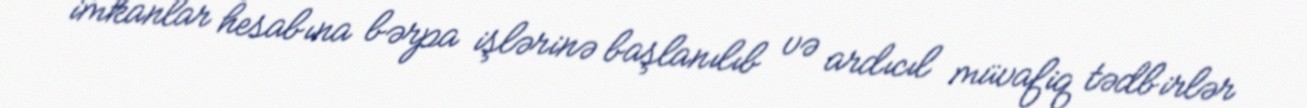
imkanlar hesabına bərpa işlərinə başlanılıb və ardıcıl müvafiq tədbirlər